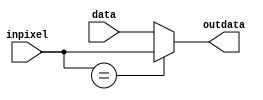
`timescale 1ns / 1ps
//////////////////////////////////////////////////////////////////////////////////
// Company: 
// Engineer: 
// 
// Design Name: 
// Module Name: check
// Project Name: 
// Target Devices: 
// Tool Versions: 
// Description: 
// 
// Dependencies: 
// 
// Revision:
// Revision 0.01 - File Created
// Additional Comments:
// 
//////////////////////////////////////////////////////////////////////////////////


module check(input [63:0]inpixel, input[63:0]data, output reg[63:0]outdata);
    always @*
    begin
        if (inpixel[63:0] == 64'bxxxxxxxxxxxxxxxxxxxxxxxxxxxxxxxxxxxxxxxxxxxxxxxxxxxxxxxxxxxxxxxx)
        begin
            outdata[63:0] = inpixel[63:0];
        end else begin
            outdata[63:0] = data[63:0];
        end
    end
endmodule